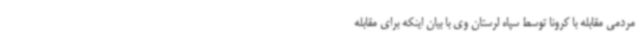
مردمی مقابله با کرونا توسط سپاه لرستان وی با بیان اینکه برای مقابله